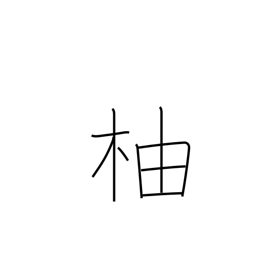
Meaning: citron